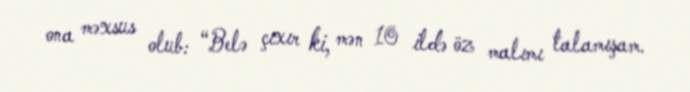
ona məxsus olub: “Belə çıxır ki, mən 10 ildə öz malımı talamışam.